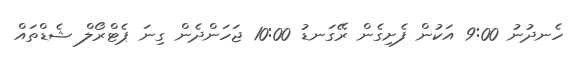
ހެނދުނު 9:00 އަކުން ފެށިގެން ރޭގަނޑު 10:00 ޖަހަންދެން ގިނަ ޕެޓްރޯލް ޝެޑްތައް